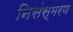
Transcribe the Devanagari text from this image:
निसंस्मरण